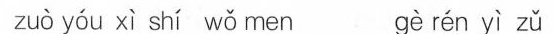
zuò yóu xì shí wǒ men gè rén yì zǔ